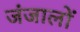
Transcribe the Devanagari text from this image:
जंजालों